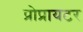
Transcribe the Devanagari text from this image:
प्रोप्रायटर